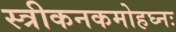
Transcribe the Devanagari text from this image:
स्त्रीकनकमोहघ्नः